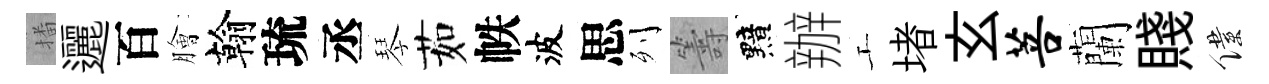
播邐百膾翰琉丞琴茹帙波思列籌黯辦工堵玄菩蘭賤僕